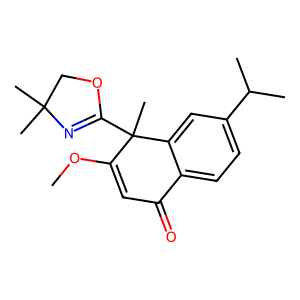
SMILES: COC1=CC(=O)c2ccc(C(C)C)cc2C1(C)C1=NC(C)(C)CO1
Inhibits HIV replication: No